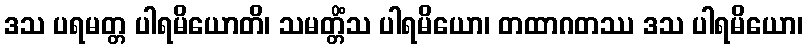
ဒသ ပရမတ္တ ပါရမိယောတိ၊ သမတ္တိံသ ပါရမိယော၊ တထာဂတဿ ဒသ ပါရမိယော၊